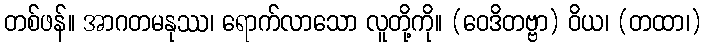
တစ်ဖန်။ အာဂတမနုဿ၊ ရောက်လာသော လူတို့ကို။ (ဝေဒိတဗ္ဗာ) ဝိယ၊ (တထာ၊)